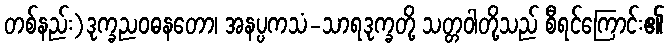
တစ်နည်း)ဒုက္ခညဝဓနတော၊ အနပ္ပကသံ-သာရဒုက္ခတို့ သတ္တဝါတို့သည် စီရင်ကြောင်း၏